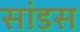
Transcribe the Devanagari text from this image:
सांडस